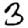
Digit: 3